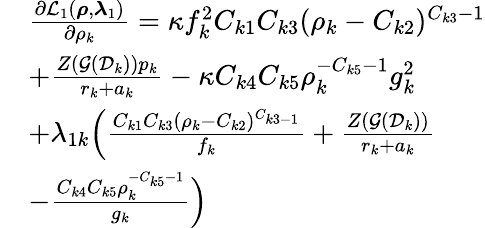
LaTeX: \begin{array}{r}{\begin{array}{rl}&{\frac{\partial\mathcal L_{1}(\boldsymbol\rho,\boldsymbol\lambda_{1})}{\partial\rho_{k}}=\kappa f_{k}^{2}C_{k1}C_{k3}(\rho_{k}-C_{k2})^{C_{k3}-1}}\\ &{+\frac{Z(\mathcal G(\mathcal D_{k}))p_{k}}{r_{k}+a_{k}}-\kappa C_{k4}C_{k5}\rho_{k}^{-C_{k5}-1}g_{k}^{2}}\\ &{+\lambda_{1k}\Big(\frac{C_{k1}C_{k3}(\rho_{k}-C_{k2})^{C_{k3-1}}}{f_{k}}+\frac{Z(\mathcal G(\mathcal D_{k}))}{r_{k}+a_{k}}}\\ &{-\frac{C_{k4}C_{k5}\rho_{k}^{-C_{k5}-1}}{g_{k}}\Big)}\end{array}}\end{array}